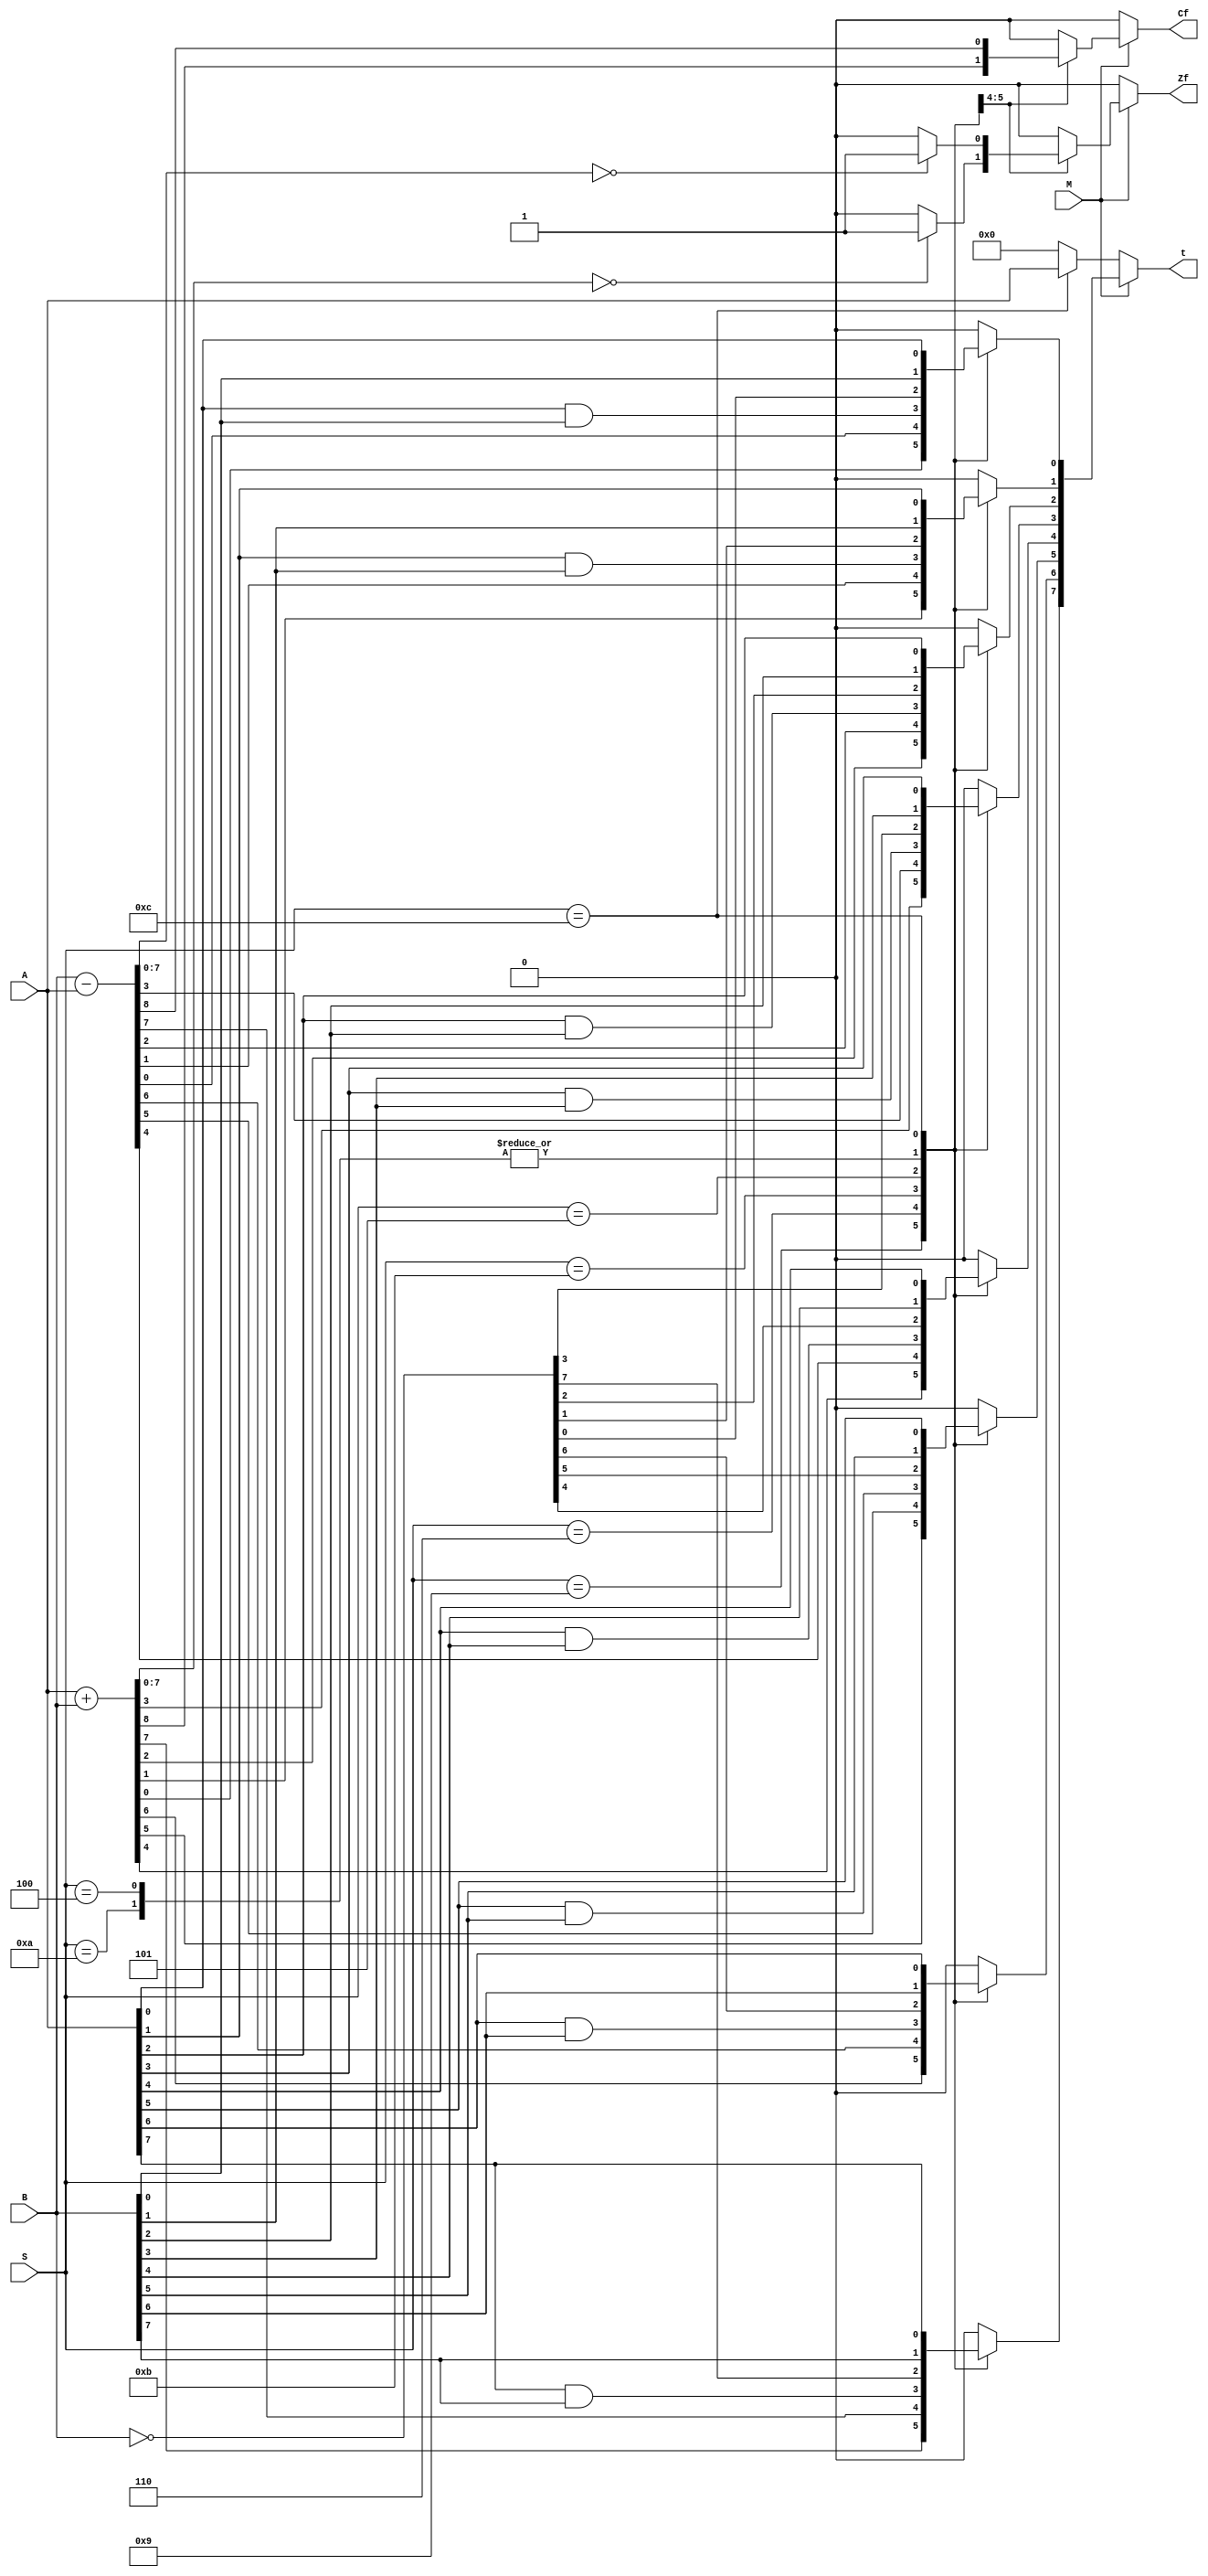
module ALU2 (M,S,A,B,t,Cf,Zf);
    input M;//
    input [3:0] S;//
    input [7:0] A,B;//

    output [7:0] t;//
    output Cf,Zf;//0

    reg [7:0] t;
    reg Cf,Zf;
    reg [7:0] temp1;

    always @(M,S,A,B) begin
        if (M==1'b0) begin //
            if(S==4'b1100) t[7:0]=A[7:0];
            else t=8'b0;
            Cf=1'b0;
            Zf=1'b0;
        end
        else begin//
            case (S)
                4'b1001: begin //ADD
                    {Cf,t}=A+B;
                    if (t==8'b0) begin
                        Zf=1'b1;
                    end
                    else Zf=1'b0;
                end
                4'b0110: begin //SUB
                    {Cf,t}=B-A;
                    if(t==8'b0) Zf=1'b1;
                    else Zf=1'b0;
                end
                4'b1011: begin //AND
                    // t=A&&B;
                    t[0]=A[0]&&B[0];
                    t[1]=A[1]&&B[1];
                    t[2]=A[2]&&B[2];
                    t[3]=A[3]&&B[3];
                    t[4]=A[4]&&B[4];
                    t[5]=A[5]&&B[5];
                    t[6]=A[6]&&B[6];
                    t[7]=A[7]&&B[7];
                    Cf=0;
                    Zf=0;
                end
                4'b0101: begin
                    t=~B; //NOT
                    Cf=0;
                    Zf=0;
                end
                4'b1010: begin
                    t=B;
                    Cf=0;
                    Zf=0;
                end
                4'b0100: begin
                    t=B;
                    Cf=0;
                    Zf=0;
                end
                4'b1100: begin
                    t=A;
                    Cf=0;
                    Zf=0;
                end
                default: begin
                    Cf=0;
                    Zf=0;
                    t=8'b0;
                end
            endcase
        end
    end
endmodule //ALU2